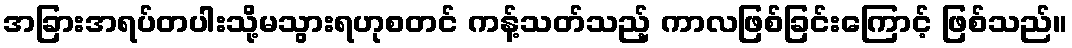
အခြားအရပ်တပါးသို့မသွားရဟုစတင် ကန့်သတ်သည့် ကာလဖြစ်ခြင်းကြောင့် ဖြစ်သည်။